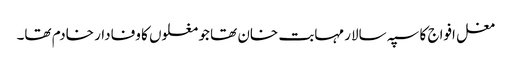
مغل افواج کا سپہ سالار مہابت خان تھا جو مغلوں کا وفادار خادم تھا۔